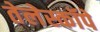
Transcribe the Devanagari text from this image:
तेलेस्कॉपे